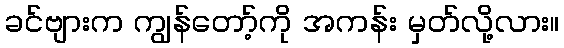
ခင်ဗျားက ကျွန်တော့်ကို အကန်း မှတ်လို့လား။